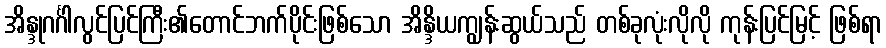
အိန္ဒုဂင်္ဂါလွင်ပြင်ကြီး၏တောင်ဘက်ပိုင်းဖြစ်သော အိန္ဒိယကျွန်းဆွယ်သည် တစ်ခုလုံးလိုလို ကုန်းပြင်မြင့် ဖြစ်ရာ